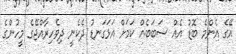
އޭގެ އެންމެ ބޮޑު އެއް ސަބަބެއް ކަމަށް އަޅަގަނޑު ދެކެނީ ދިވެހިރާއްޖޭގެ މީހުންގެ